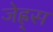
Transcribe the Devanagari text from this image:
जेह्र्स